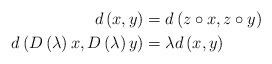
LaTeX: \begin{align*}d\left( x,y\right) & =d\left( z\circ x,z\circ y\right) \\d\left( D\left( \lambda\right) x,D\left( \lambda\right) y\right) &=\lambda d\left( x,y\right)\end{align*}